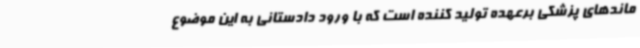
ماندهای پزشکی برعهده تولید کننده است که با ورود دادستانی به این موضوع